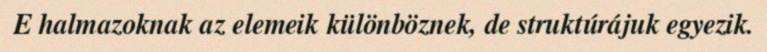
E halmazoknak az elemeik különböznek, de struktúrájuk egyezik.